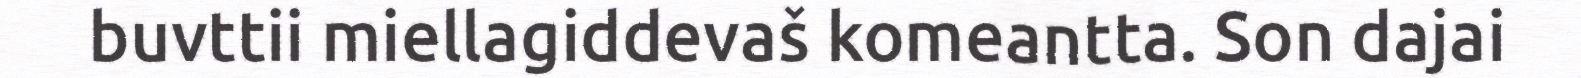
buvttii miellagiddevaš komeantta. Son dajai